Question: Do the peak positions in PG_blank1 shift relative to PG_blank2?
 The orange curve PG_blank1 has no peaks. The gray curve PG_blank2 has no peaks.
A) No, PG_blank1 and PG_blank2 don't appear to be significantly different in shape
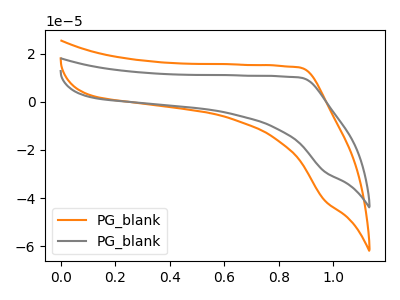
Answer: <think>Neither "PG_blank1" or "PG_blank2" have any peaks.
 </think>
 <answer>A) No, "PG_blank1" and "PG_blank2" don't appear to be significantly different in shape</answer>
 <eval>A</eval>